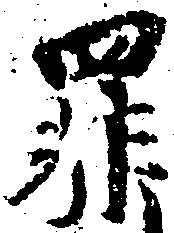
罪